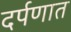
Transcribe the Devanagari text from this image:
दर्पणात